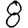
Digit: 8